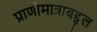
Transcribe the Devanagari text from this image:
प्राणीमात्राबद्द्ल